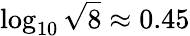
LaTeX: \log_{10}\sqrt{8}\approx 0.45